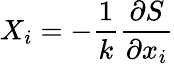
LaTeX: X_{i}=-{\frac{1}{k}}{\frac{\partial S}{\partial x_{i}}}